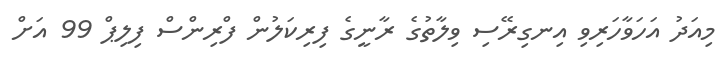
މިއަދު އަހަވާހަރިވި އިނގިރޭސި ވިލާތުގެ ރާނީގެ ފިރިކަލުން ފްރިންސް ފިލިޕް 99 އަށް